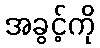
အခွင့်ကို